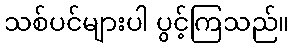
သစ်ပင်များပါ ပွင့်ကြသည်။